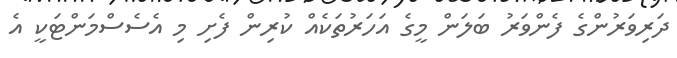
ދަރިވަރުންގެ ފެންވަރު ބަލަން މީގެ އަހަރުތަކެއް ކުރިން ފެށި މި އެސެސްމަންޓަކީ އެ